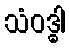
သံဝဒ္ဓါ